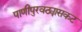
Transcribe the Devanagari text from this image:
पाणीपुरवठ्यासकट